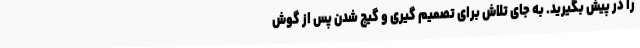
را در پیش بگیرید. به جای تلاش برای تصمیم گیری و گیج شدن پس از گوش